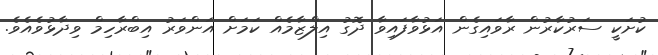
ކުށަކީ ސަރުކާރުން ރާވައިގެން އަޅުވާފައިވާ ދޮގު އިލްޒާމެއް ކަމަށް އަންވަރު އިބްރާހިމް ވިދާޅުވެއެވެ.